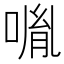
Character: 𠸕